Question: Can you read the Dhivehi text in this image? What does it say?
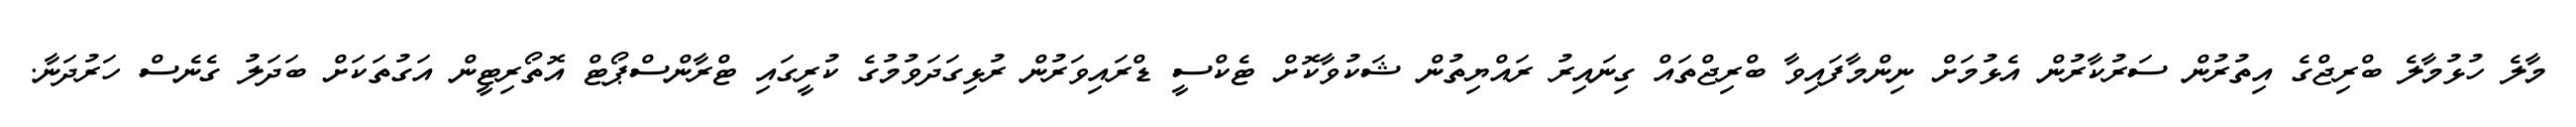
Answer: މާލެ ހުޅުމާލެ ބްރިޖްގެ އިތުރުން ސަރުކާރުން އެޅުމަށް ނިންމާފައިވާ ބްރިޖްތައް ގިނައިރު ރައްޔިތުން ޝަކުވާކޮށް ޓެކްސީ ޑްރައިވަރުން ރުޅިގަދަވުމުގެ ކުރީގައި ޓްރާންސްޕޯޓް އޮތޯރިޓީން އަގުތަކަށް ބަދަލު ގެނެސް ހަރުދަނާ.